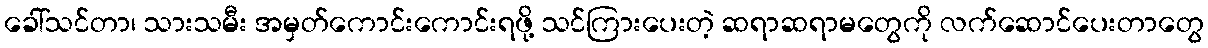
ခေါ်သင်တာ၊ သားသမီး အမှတ်ကောင်းကောင်းရဖို့ သင်ကြားပေးတဲ့ ဆရာဆရာမတွေကို လက်ဆောင်ပေးတာတွေ